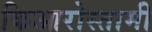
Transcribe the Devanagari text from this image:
किआरोस्तामी